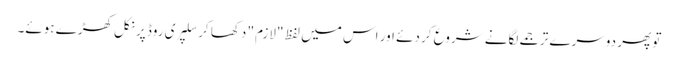
تو پھر دوسرے ترجمے لگانے شروع کر دئے اور اس میں لفظ "لازم" دکھا کر سلپری روڈ پر نکل کھڑے ہوئے۔